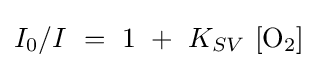
I_{0}/I~=~1~+~K_{SV}~[{\mathrm {O} {\vphantom {A}}_{\smash[{t}]{2}}}]